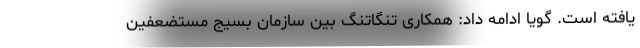
یافته است. گویا ادامه داد: همکاری تنگاتنگ بین سازمان بسیج مستضعفین